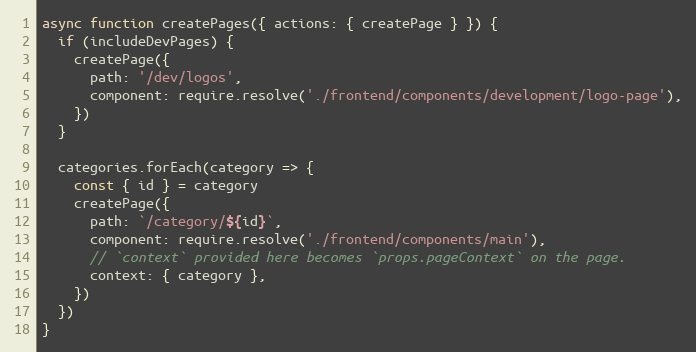
Language: JavaScript
async function createPages({ actions: { createPage } }) {
  if (includeDevPages) {
    createPage({
      path: '/dev/logos',
      component: require.resolve('./frontend/components/development/logo-page'),
    })
  }

  categories.forEach(category => {
    const { id } = category
    createPage({
      path: `/category/${id}`,
      component: require.resolve('./frontend/components/main'),
      // `context` provided here becomes `props.pageContext` on the page.
      context: { category },
    })
  })
}